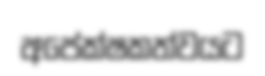
අපේක්ෂකත්වයට